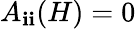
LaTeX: A_{\mathbf{i}\mathbf{i}}(H)=0